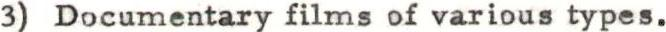
3) Documentary films of various types.